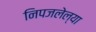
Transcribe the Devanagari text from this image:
निपजलेल्या